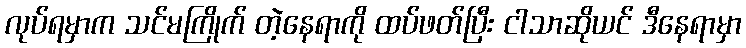
လုပ်ရမှာက သင်မကြိုက် တဲ့နေရာကို ထပ်ဖတ်ပြီး ငါသာဆိုယင် ဒီနေရာမှာ